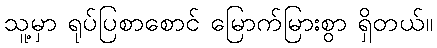
သူ့မှာ ရုပ်ပြစာစောင် မြောက်မြားစွာ ရှိတယ်။